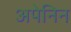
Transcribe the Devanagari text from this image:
अपेनिन